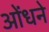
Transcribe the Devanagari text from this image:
ओंधने